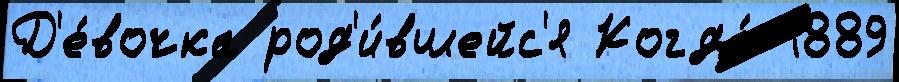
Д'е́вочка род'и́вшейс'я Когда́ 1889